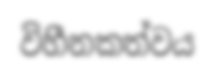
විහීනකත්වය